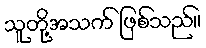
သူတို့အသက် ဖြစ်သည်။